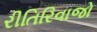
રીતિરિવાજો